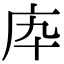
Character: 𢇥